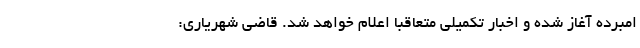
امبرده آغاز شده و اخبار تکمیلی متعاقبا اعلام خواهد شد. قاضی شهریاری: